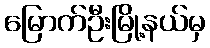
မြောက်ဦးမြို့နယ်မှ